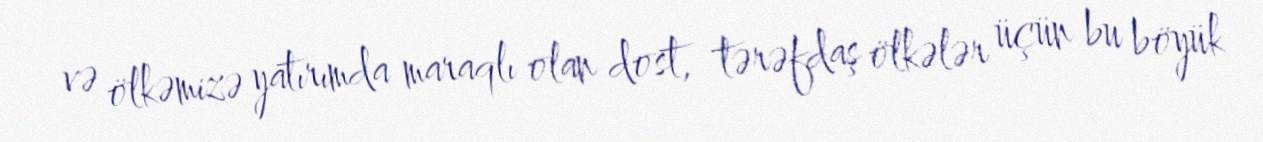
və ölkəmizə yatırımda maraqlı olan dost, tərəfdaş ölkələr üçün bu böyük